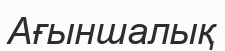
Ағыншалық